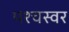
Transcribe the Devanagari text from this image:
पश्चस्वर